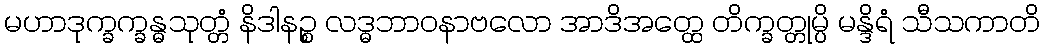
မဟာဒုက္ခက္ခန္ဓသုတ္တံ နိဒါနဉ္စ လဒ္ဓဘာဝနာဗလော အာဒိအတ္ထေ တိက္ခတ္တုမ္ပိ မန္ဒိရံ သီသကာတိ